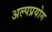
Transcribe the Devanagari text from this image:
अल्पप्रयोग